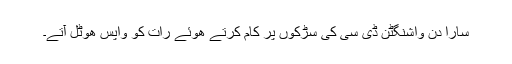
سارا دن واشنگٹن ڈی سی کی سڑکوں پر کام کرتے ھوئے رات کو واپس ھوٹل آتے۔